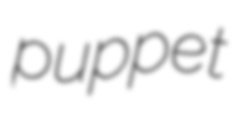
puppet